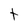
Character: t